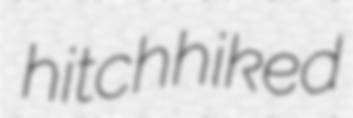
hitchhiked